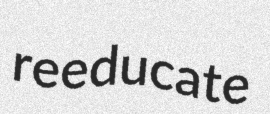
reeducate